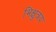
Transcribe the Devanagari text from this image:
भिक्षुत्रय